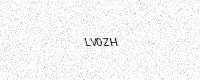
Text: LV0ZH